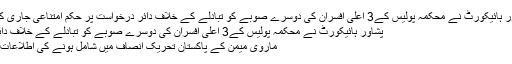
پشاور ہائیکورٹ نے محکمہ پولیس کے3 اعلی افسران کی دوسرے صوبے کو تبادلے کے خلاف دائر درخواست پر حکم امتناعی جاری کردیا
پشاور ہائیکورٹ نے محکمہ پولیس کے3 اعلی افسران کی دوسرے صوبے کو تبادلے کے خلاف دائر ..
ماروی میمن کے پاکستان تحریک انصاف میں شامل ہونے کی اطلاعات ہیں۔